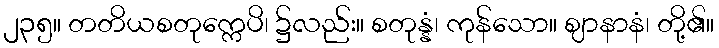
၂၃၅။ တတိယစတုက္ကေပိ၊ ၌လည်း။ စတုန္နံ၊ ကုန်သော။ ဈာနာနံ၊ တို့၏။